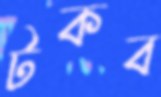
টকব